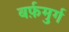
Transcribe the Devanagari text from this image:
बर्फ़मुर्ग